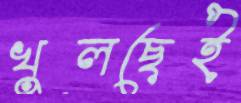
খুলছেই